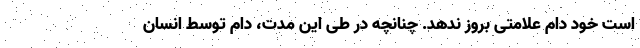
است خود دام علامتی بروز ندهد. چنانچه در طی این مدت، دام توسط انسان